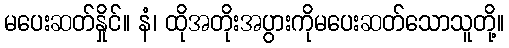
မပေးဆတ်နှိုင်။ နံ၊ ထိုအတိုးအပွားကိုမပေးဆတ်သောသူတို့။